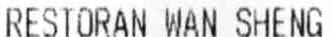
RESTORAN WAN SHENG